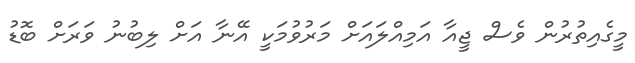
މީގެއިތުރުން ވެސް ޖީއާ އަމިއްލައަށް މަރުވުމަކީ އޭނާ އަށް ލިބުނު ވަރަށް ބޮޑު